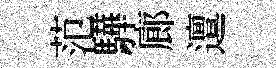
范驊廊邅